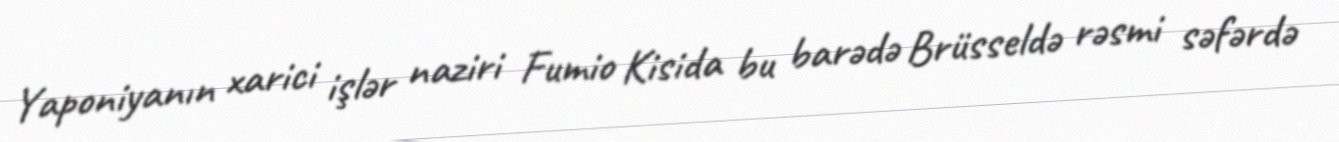
Yaponiyanın xarici işlər naziri Fumio Kisida bu barədə Brüsseldə rəsmi səfərdə